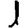
Digit: 1